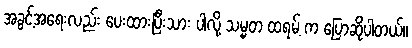
အခွင့်အရေးလည်း ပေးထားပြီးသား ပါလို့ သမ္မတ ထရမ့် က ပြောဆိုပါတယ်။